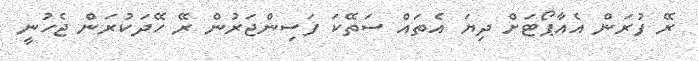
ރޭ ފުރަން އެއާޕޯޓަށް ދިޔަ އެތައް ސަތޭކަ ފަސިންޖަރުން ރޭ ހޭދަކުރަން ޖެހުނީ